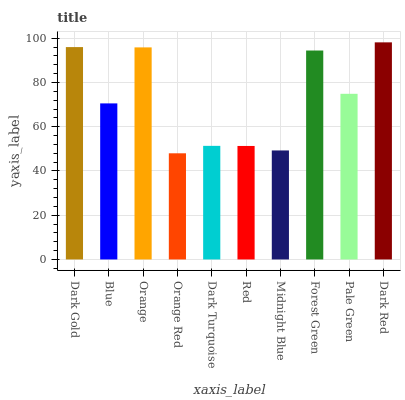
| xaxis_label | bars |
 | --- | --- |
 | Dark Gold | 96 |
 | Blue | 70.6 |
 | Orange | 95.9 |
 | Orange Red | 48 |
 | Dark Turquoise | 51.4 |
 | Red | 51.3 |
 | Midnight Blue | 49.3 |
 | Forest Green | 94.5 |
 | Pale Green | 74.9 |
 | Dark Red | 98.2 |